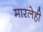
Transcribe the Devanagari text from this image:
मारलेही